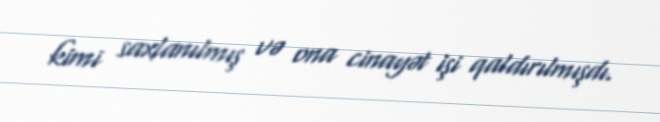
kimi saxlanılmış və ona cinayət işi qaldırılmışdı.